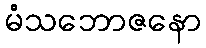
မံသဘောဇနော